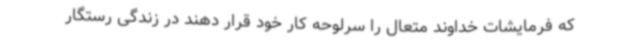
که فرمایشات خداوند متعال را سرلوحه کار خود قرار دهند در زندگی رستگار